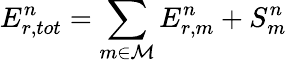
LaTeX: E_{r,tot}^{n}=\sum_{m\in\mathcal{M}}E_{r,m}^{n}+S_{m}^{n}